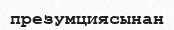
презумциясынан